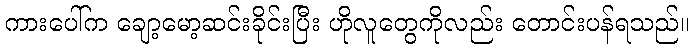
ကားပေါ်က ချော့မော့ဆင်းခိုင်းပြီး ဟိုလူတွေကိုလည်း တောင်းပန်ရသည်။